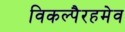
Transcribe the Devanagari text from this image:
विकल्पैरहमेव